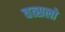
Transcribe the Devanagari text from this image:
वत्सलो